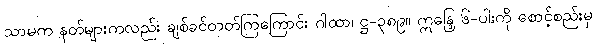
သာမက နတ်များကလည်း ချစ်ခင်တတ်ကြကြောင်း ဂါထာ၊ ဋ္ဌ-၃၈၉။ ဣန္ဒြေ ၆-ပါးကို စောင့်စည်းမှ